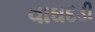
વાઘદડી